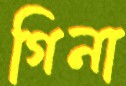
গিনা